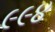
૯૯૪